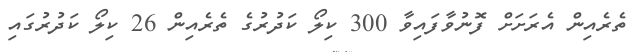
ތެރެއިން އެރަށަށް ފޮނުވާފައިވާ 300 ކިލޯ ކަދުރުގެ ތެރެއިން 26 ކިލޯ ކަދުރުގައި